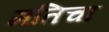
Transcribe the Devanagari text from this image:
मतिचा